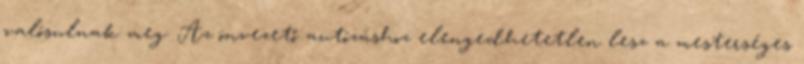
valósulnak meg. Az önvezető autózáshoz elengedhetetlen lesz a mesterséges